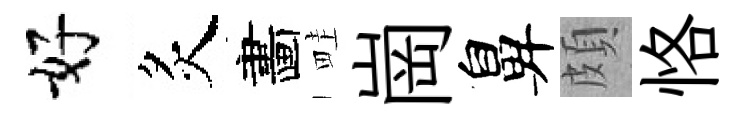
好炙畵畦崗鼻頗恪